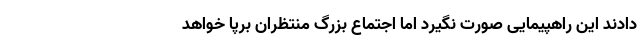
دادند این راهپیمایی صورت نگیرد اما اجتماع بزرگ منتظران برپا خواهد